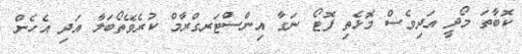
ކޮބާތަ މޯދީ އަދިވެސް މޮޅެތި ފޮޓޯ ނަގާ އިންސްޓަރގްރާމް ކުރެވޭތޯބަލާ އަދި އެހެން